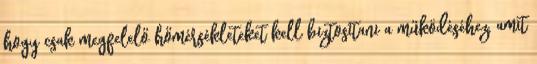
hogy csak megfelelő hőmérsékleteket kell biztosítani a működéséhez, amit